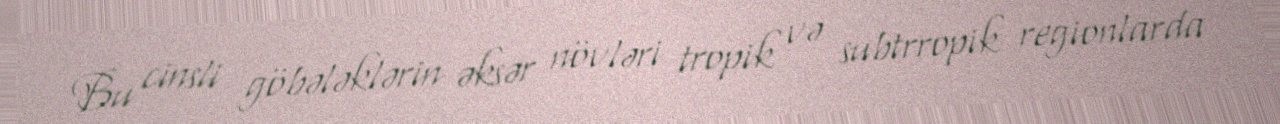
Bu cinsli göbələklərin əksər növləri tropik və subtrropik regionlarda